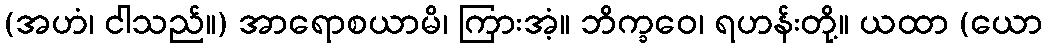
(အဟံ၊ ငါသည်။) အာရောစယာမိ၊ ကြားအံ့။ ဘိက္ခဝေ၊ ရဟန်းတို့။ ယထာ (ယော